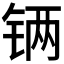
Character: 𲇾